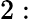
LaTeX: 2: